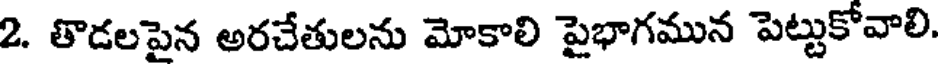
2. తొడలపైన అరచేతులను మోకాలి పైభాగమున పెట్టుకోవాలి.